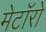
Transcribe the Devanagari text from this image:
मेटॉरो